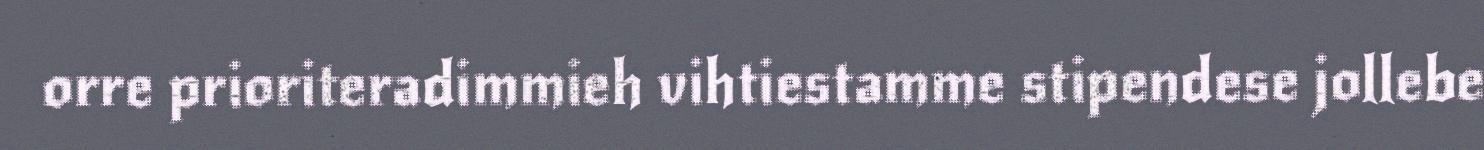
orre prioriteradimmieh vihtiestamme stipendese jollebe